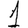
Digit: 1